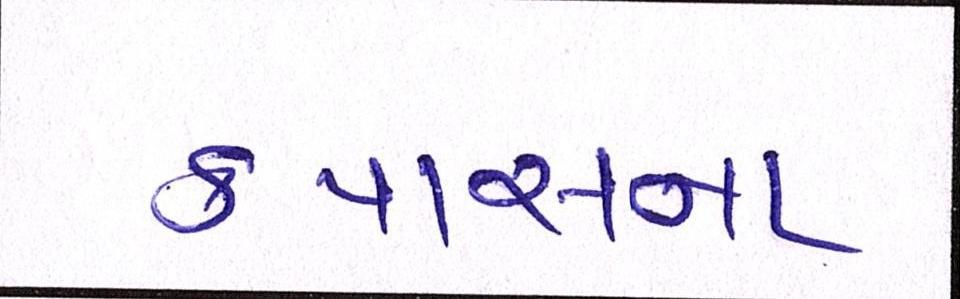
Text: કપાસના